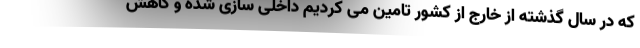
که در سال گذشته از خارج از کشور تامین می کردیم داخلی سازی شده و کاهش